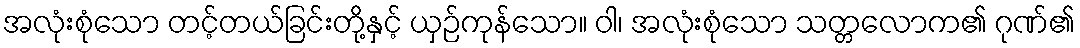
အလုံးစုံသော တင့်တယ်ခြင်းတို့နှင့် ယှဉ်ကုန်သော။ ဝါ၊ အလုံးစုံသော သတ္တလောက၏ ဂုဏ်၏